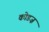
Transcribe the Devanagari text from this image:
कोडज़